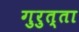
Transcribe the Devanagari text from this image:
गुरुत्ता